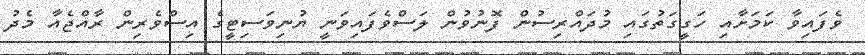
ވެފައިވާ ކަމަށާއި ހަގީގަތުގައި މުދައްރިސުން ފޮނުވުން ލަސްވެފައިވަނީ ޔުނިވަސިޓީގެ އިސްވެރިން ރާއްޖެއާ މެދު